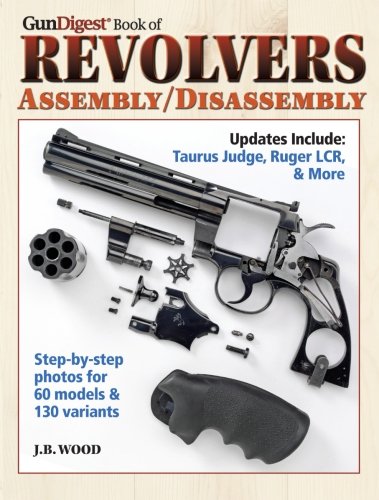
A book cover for The Gun Digest Book of Revolvers Assembly/Disassembly (Gun Digest Book of Firearms Assembly/Disassembly); J. B. Wood; Sports & Outdoors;